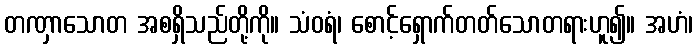
တဏှာသောတ အစရှိသည်တို့ကို။ သံဝရံ၊ စောင့်ရှောက်တတ်သောတရားဟူ၍။ အဟံ၊